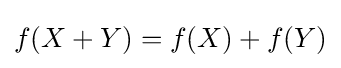
f(X+Y)=f(X)+f(Y)